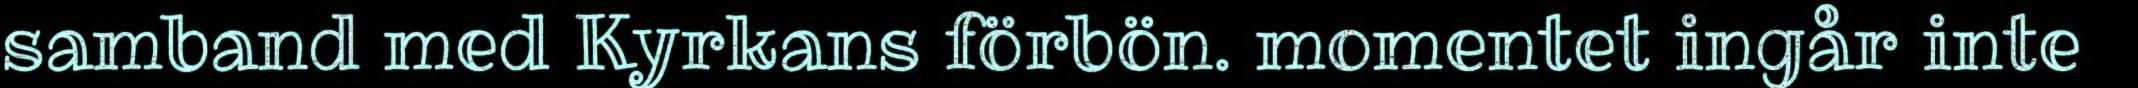
samband med Kyrkans förbön. momentet ingår inte